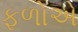
ફળોએ